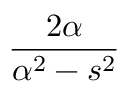
\frac { 2 \alpha } { \alpha ^ { 2 } - s ^ { 2 } }